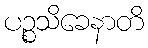
ပဉ္စသိခေနာတိ